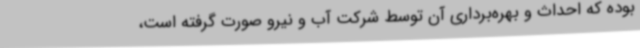
بوده که احداث و بهره‌برداری آن توسط شرکت آب و نیرو صورت گرفته است،